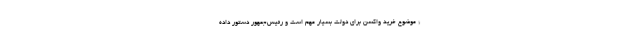
* موضوع خرید واکسن برای دولت بسیار مهم است و رئیس‌جمهور دستور داده